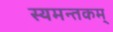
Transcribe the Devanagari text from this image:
स्यमन्तकम्